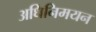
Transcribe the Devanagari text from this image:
अधिनिमयन